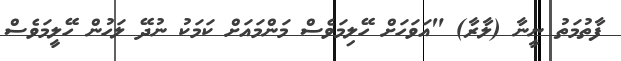
ފާތުމަތު ނީނާ (ލާރާ) "އަވަހަށް ހޭލިމަވެސް މަންމައަށް ކަމަކު ނުދޭ ލަހުން ހޭލީމަވެސް